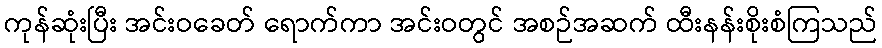
ကုန်ဆုံးပြီး အင်းဝခေတ် ရောက်ကာ အင်းဝတွင် အစဉ်အဆက် ထီးနန်းစိုးစံကြသည်